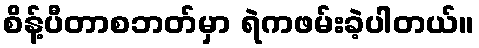
စိန့်ပီတာစဘတ်မှာ ရဲကဖမ်းခဲ့ပါတယ်။